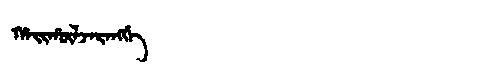
Manchu: ᡥᠠᡳᡥᡡᠯᠵᠠᡵᠠᠩᡤᡝ
Romanization: HAIHŪLJARANGGE